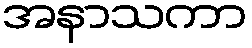
အနာသကာ